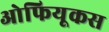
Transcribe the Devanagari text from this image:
ओफियूकस